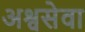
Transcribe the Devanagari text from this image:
अश्वसेवा